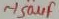
Text: ~150µF